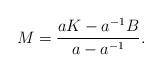
LaTeX: \begin{align*}M= \frac{a K-a^{-1} B}{a-a^{-1}}.\end{align*}